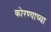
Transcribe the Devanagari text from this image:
कोरण्याच्या